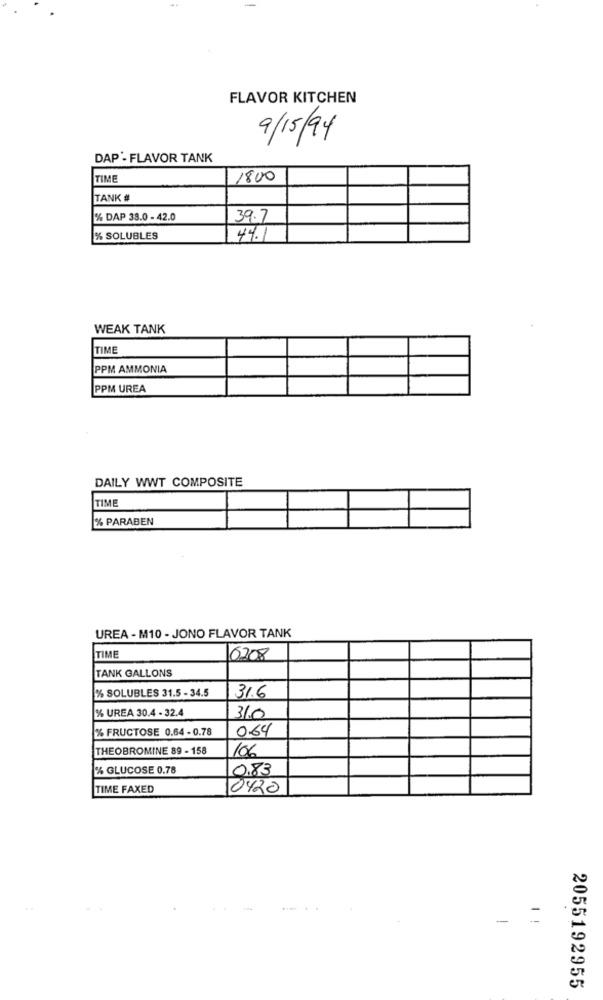
FLAVOR KITCHEN
9/15/94
DAP'- FLAVOR TANK
TIME
1800
TANK #
% DAP 38.0 - 42.0
39.7
% SOLUBLES
44.1
WEAK TANK
TIME
PPM AMMONIA
PPM UREA
DAILY WWT COMPOSITE
|TIME
% PARABEN
UREA - M10 - JONO FLAVOR TANK
TIME
6208
TANK GALLONS
% SOLUBLES 31.5 - 34.5
31.6
% UREA 30.4 - 32.4
31.0
% FRUCTOSE 0.64 - 0.78
0.64
THEOBROMINE 89 - 158
106
% GLUCOSE 0.78
0.83
TIME FAXED
0420
-
=
2055192955